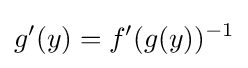
g'(y)=f'(g(y))^{-1}